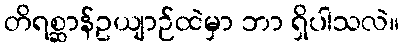
တိရစ္ဆာန်ဥယျာဉ်ထဲမှာ ဘာ ရှိပါသလဲ။